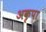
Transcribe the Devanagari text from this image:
अकृपा